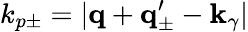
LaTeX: k_{p\pm}=|{\mathbf q}+{\mathbf q}_{\pm}^{\prime}-{\mathbf k}_{\gamma}|